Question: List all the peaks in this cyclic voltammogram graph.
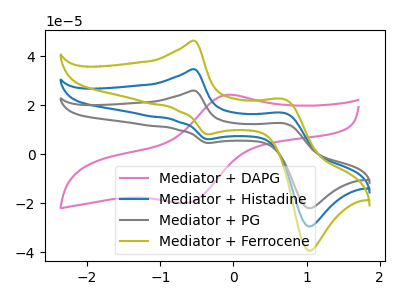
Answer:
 <answer>The pink curve "Mediator + DAPG" has an anodic peak at (-0.05V, 24.25uA) and a cathodic peak at (-0.65V, -20.00uA). The blue curve "Mediator + Histadine" has anodic peaks at (-0.55V, 34.65uA) (0.70V, 16.75uA) and cathodic peaks at (-0.35V, 6.10uA) (1.05V, -29.50uA). The gray curve "Mediator + PG" has anodic peaks at (-0.55V, 25.95uA) (0.70V, 12.55uA) and cathodic peaks at (-0.35V, 4.55uA) (1.05V, -22.10uA). The olive curve "Mediator + Ferrocene" has anodic peaks at (-0.55V, 69.30uA) (0.70V, 33.50uA) and cathodic peaks at (-0.35V, 12.15uA) (1.05V, -59.00uA).</answer>
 <eval></eval>